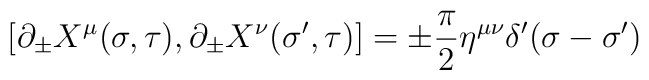
\left [\partial_{\pm}X^{\mu}(\sigma ,\tau), \partial_{\pm}X^{\nu}(\sigma' ,\tau)\right ] = \pm\frac{\pi}{2} \eta^{\mu\nu}\delta'(\sigma-\sigma')